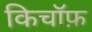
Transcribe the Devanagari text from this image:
किचॉफ़